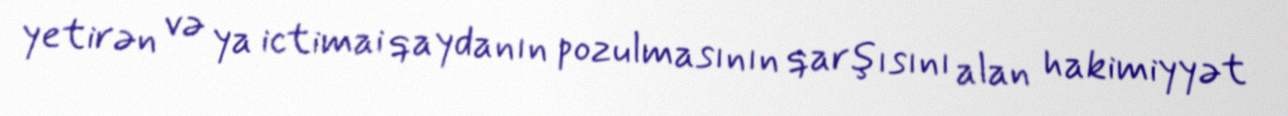
yetirən və ya ictimai qaydanın pozulmasının qarşısını alan hakimiyyət